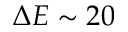
\Delta E \sim 2 0